Lunatic asylums Bombay report 1878-1890 - 1878-1890
Year: 1878
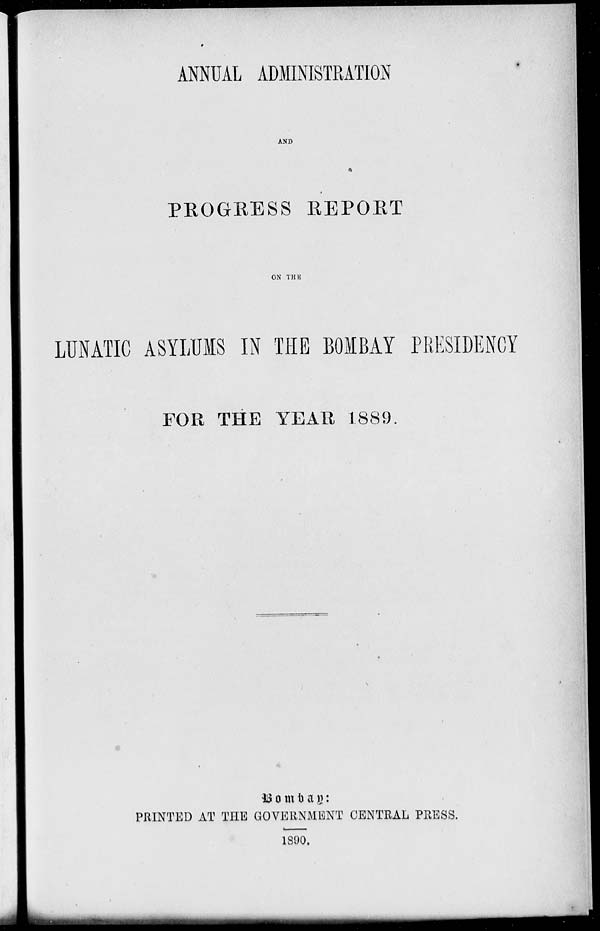
ANNUAL ADMINISTRATION
AND
PROGRESS REPORT
ON THE
LUNATIC ASYLUMS IN THE BOMBAY PRESIDENCY
FOR THE YEAR 1889.
Bombay:
PRINTED AT THE GOVERNMENT CENTRAL PRESS.
1890.